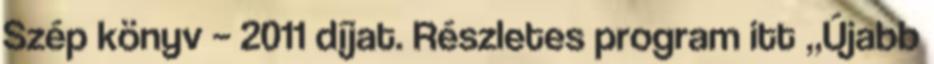
Szép könyv – 2011 díjat. Részletes program itt „Újabb